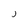
Character: j